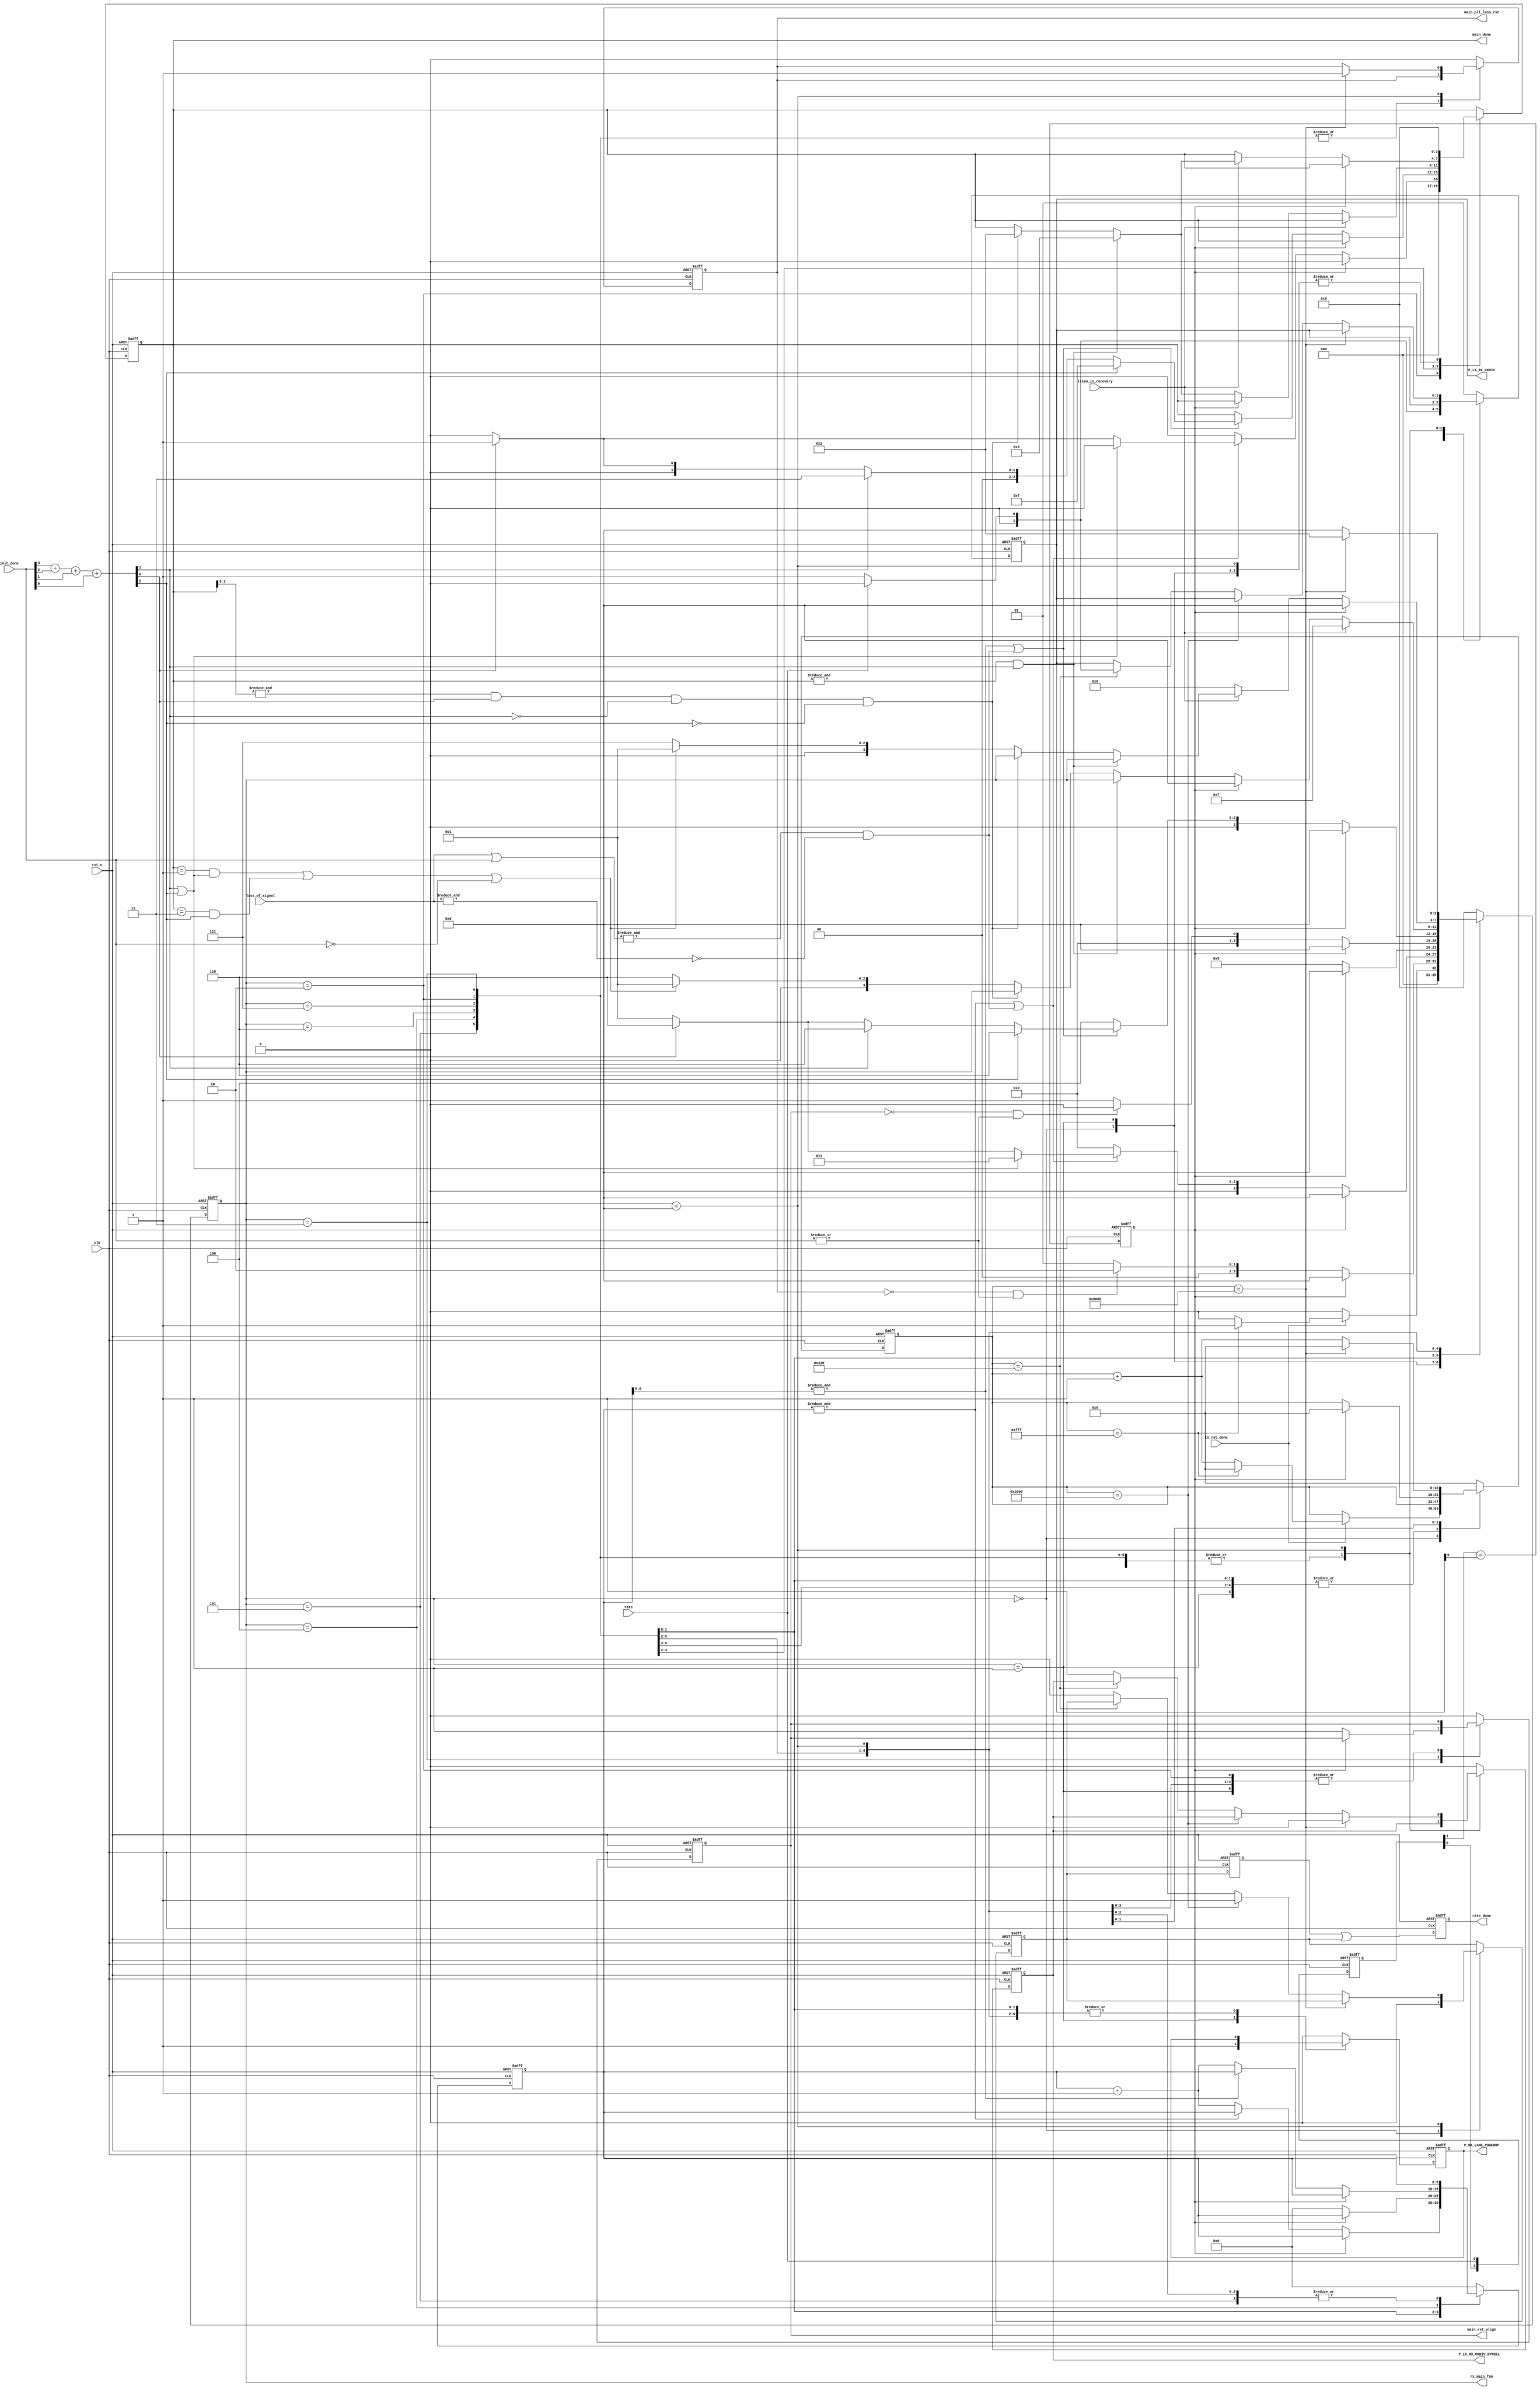
//******************************************************************
// Copyright (c) 2015 PANGO MICROSYSTEMS, INC
// ALL RIGHTS REVERVED.
//******************************************************************
`timescale 1ns/1ps
module hsstl_rst4mcrsw_rx_rst_fsm_v1_0 #(
    parameter FORCE_LANE_REV = 0  //1 = Lane Reversal

)(
    input   wire                       clk,
    input   wire                       rst_n,
    input   wire    [3:0]              loss_of_signal,
    input   wire                       tx_rst_done,

    input   wire                       ltssm_in_recovery,
    input   wire                       rate,
    input   wire    [3:0]              init_done,

    output  reg     [3:0]              rx_main_fsm,
    output  reg                        main_rst_align,
    output  reg                        main_pll_loss_rst,

    output  reg                        P_RX_LANE_POWERUP,
    output  reg                        P_LX_RX_CKDIV_DYNSEL,
    output  reg     [1:0]              P_LX_RX_CKDIV,

    output  reg                        rate_done,
    output  reg     [3:0]              main_done
);

localparam PMA_RX_PD_CNT_VALUE               = 4095;
localparam CNTR_WIDTH                        = 16;
localparam MAIN_ALIGN_WAIT_TIMR_WIDTH        = 10;
`ifdef IPSL_PCIE_SPEEDUP_SIM
localparam RX_CKDIV_DYNSEL_SW_CNTR_NEG_VALUE = 4*512;
`else
localparam RX_CKDIV_DYNSEL_SW_CNTR_NEG_VALUE = 64*512;
`endif

`ifdef IPSL_PCIE_SPEEDUP_SIM
localparam RX_CKDIV_DYNSEL_SPEED_DONE = 3*512;
`else
localparam RX_CKDIV_DYNSEL_SPEED_DONE = 16*512;
`endif
localparam RX_CKDIV_SW_CNTR_VALUE     = 4*260;

localparam RX_MAIN_IDLE            = 4'd0 ;
localparam RX_MAIN_INIT            = 4'd1 ;
localparam RX_MAIN_INIT_WAIT       = 4'd2 ;
localparam RX_MAIN_ALIGN_RST       = 4'd3 ;
localparam RX_MAIN_ALIGN_WAIT      = 4'd4 ;
localparam RX_MAIN_ALIGN_WAIT2     = 4'd5 ;
localparam RX_MAIN_RST_DONE        = 4'd6 ;
localparam RX_MAIN_RECOVERY        = 4'd7 ;
localparam RX_MAIN_CKDIV           = 4'd8 ;

reg                        rate_chng;
reg     [1:0]              rate_ff;
wire                                            all_lane_rst_done;
wire                                            mstr_init_done;
reg     [CNTR_WIDTH-1 : 0]                      main_cntr;
reg     [MAIN_ALIGN_WAIT_TIMR_WIDTH-1 : 0]      main_align_wait_timr;
reg     rate_done_r;
reg     rate_done_r_d;
wire    [2:0]      active_lane_num ;
assign mstr_init_done = (FORCE_LANE_REV ==1) ? init_done[3] : init_done[0];
assign all_lane_rst_done = &(loss_of_signal | init_done) & ~(&loss_of_signal);
assign active_lane_num =init_done[3] + init_done[2] + init_done[1] + init_done[0];
always @(posedge clk or negedge rst_n)
begin
    if (!rst_n)
    begin
        rate_ff          <= 2'd0;
        rate_chng        <= 1'b0;
    end
    else
    begin
        rate_ff[0]         <= rate;
        rate_ff[1]         <= rate_ff[0];
        rate_chng          <= (rate_ff[1] == P_LX_RX_CKDIV[0]) ;
    end
end

always @(posedge clk or negedge rst_n)
begin
    if (!rst_n) begin
       rate_done_r_d <= 1'b0;
       rate_done     <= 1'b0;
    end
    else begin
       rate_done_r_d <= rate_done_r;
       rate_done     <= rate_done_r_d | rate_done_r;
    end
end

// MAIN SM
always @(posedge clk or negedge rst_n)
begin
    if (!rst_n)
    begin
        main_cntr                 <= {CNTR_WIDTH{1'b0}};
        rx_main_fsm               <= RX_MAIN_IDLE;

        P_RX_LANE_POWERUP         <= 1'b0;
        P_LX_RX_CKDIV_DYNSEL      <= 1'b0;
        P_LX_RX_CKDIV             <= 2'b01;
        rate_done_r               <= 1'b0;
        main_done                 <= 4'd0;
        main_rst_align            <= 1'b0;
        main_pll_loss_rst         <= 1'b0;
        main_align_wait_timr      <= {MAIN_ALIGN_WAIT_TIMR_WIDTH{1'b0}};
    end
    else
    begin
        case (rx_main_fsm)
            RX_MAIN_IDLE :
            begin
                if (tx_rst_done)
                    if(main_cntr == PMA_RX_PD_CNT_VALUE)
                    begin
                        rx_main_fsm               <= RX_MAIN_INIT;
                        main_cntr                 <= {CNTR_WIDTH{1'b0}};
                    end
                    else
                    begin
                        rx_main_fsm               <= RX_MAIN_IDLE;
                        main_cntr                 <= main_cntr + {{CNTR_WIDTH-1{1'b0}}, 1'b1};
                    end
                else
                    rx_main_fsm               <= RX_MAIN_IDLE;

               // main_cntr                     <= {CNTR_WIDTH{1'b0}};
                P_RX_LANE_POWERUP             <= 1'b0;
                P_LX_RX_CKDIV_DYNSEL          <= 1'b0;
                P_LX_RX_CKDIV                 <= rate ? 2'b00: 2'b01 ;
                rate_done_r                   <= 1'b0;
                main_done                     <= 4'd0;
                main_rst_align                <= 1'b0;
                main_pll_loss_rst             <= 1'b0;
                main_align_wait_timr          <= {MAIN_ALIGN_WAIT_TIMR_WIDTH{1'b0}};
            end
            RX_MAIN_INIT :
            begin
                P_RX_LANE_POWERUP             <= 1'b1;
                main_pll_loss_rst             <= 1'b0;
                main_align_wait_timr          <= {MAIN_ALIGN_WAIT_TIMR_WIDTH{1'b0}};
                main_done                     <= 4'd0;
                if(rate_chng )
                    rx_main_fsm                <= RX_MAIN_CKDIV;
                else if (~main_pll_loss_rst & |init_done)
                    rx_main_fsm               <= RX_MAIN_INIT_WAIT;
                else
                    rx_main_fsm               <= RX_MAIN_INIT;
            end
            RX_MAIN_INIT_WAIT :
            begin
                main_done                     <= 4'd0;
                if(rate_chng )
                    rx_main_fsm                <= RX_MAIN_CKDIV;
                else
                begin 
                    if (&main_align_wait_timr)
                        main_align_wait_timr      <= main_align_wait_timr;
                    else
                        main_align_wait_timr      <= main_align_wait_timr + {{MAIN_ALIGN_WAIT_TIMR_WIDTH-1{1'b0}}, 1'b1};
                    
                    if (&main_align_wait_timr | all_lane_rst_done )
                    begin
                        if (active_lane_num[1] | active_lane_num[2] )
                            rx_main_fsm           <= RX_MAIN_ALIGN_RST;
						
                        else if (active_lane_num[0])
                        begin
                            rx_main_fsm           <= RX_MAIN_RST_DONE;
                            main_done             <= (FORCE_LANE_REV == 1) ? 4'h8 : 4'h1;
                        end
                        else
                        begin
                            rx_main_fsm           <= RX_MAIN_INIT;
                            main_done             <= 4'd0;
                        end
                    end
                    else
                        rx_main_fsm               <= RX_MAIN_INIT_WAIT;
                end
            end
            RX_MAIN_ALIGN_RST :
            begin
               if(rate_chng )
                    rx_main_fsm                <= RX_MAIN_CKDIV;
               else
                begin
                    main_rst_align                <= 1'b1;
                    main_align_wait_timr          <= {MAIN_ALIGN_WAIT_TIMR_WIDTH{1'b0}};
                    rx_main_fsm                   <= RX_MAIN_ALIGN_WAIT2;
                end
            end
            RX_MAIN_ALIGN_WAIT2 :
            begin
                main_rst_align                <= 1'b0;
               if(rate_chng )
                    rx_main_fsm                <= RX_MAIN_CKDIV;
               else  if (~main_rst_align & |init_done)
                    rx_main_fsm               <= RX_MAIN_ALIGN_WAIT;
                else
                    rx_main_fsm               <= RX_MAIN_ALIGN_WAIT2;
            end
            RX_MAIN_ALIGN_WAIT :
            begin
                 if(rate_chng )
                    rx_main_fsm                <= RX_MAIN_CKDIV;
                else
                begin
                    if (&main_align_wait_timr[6:0])
                        main_align_wait_timr      <= main_align_wait_timr;
                    else
                        main_align_wait_timr      <= main_align_wait_timr + {{MAIN_ALIGN_WAIT_TIMR_WIDTH-1{1'b0}}, 1'b1};
                    
                    if (&main_align_wait_timr[6:0] | all_lane_rst_done)
                    begin
                        if (active_lane_num[2])
                        begin
                            rx_main_fsm           <= RX_MAIN_RST_DONE;
                            main_done             <= 4'hf;
                        end
                        else if (active_lane_num[1])
                        begin
                            rx_main_fsm           <= RX_MAIN_RST_DONE;
                            main_done             <= 4'h3;
                        end
                        else if (active_lane_num[0])
                        begin
                            rx_main_fsm           <= RX_MAIN_RST_DONE;
                            main_done             <=  4'h1;
                        end
                        else
                        begin
                            rx_main_fsm           <= RX_MAIN_INIT;
                            main_done             <= 4'd0;
                        end
                    end
                    else
                        rx_main_fsm               <= RX_MAIN_ALIGN_WAIT;
               end
            end
            RX_MAIN_RST_DONE :
            begin
                if (ltssm_in_recovery)
                    rx_main_fsm               <= RX_MAIN_RECOVERY;
                else if(rate_chng)
                    rx_main_fsm               <= RX_MAIN_CKDIV;
                else if(&main_done & (active_lane_num[1])) // down cfg linkwidth: x4 -> x2 if lane 3 inactive
                    main_done                 <= 4'h3;
                else if(&main_done[1:0] &  active_lane_num[0] & ~active_lane_num[1] & ~active_lane_num[2]) // down cfg linkwidth: x4 -> x1 or x2 -> x1 if lane 1 inactive
                    main_done                 <= 4'h1;
                else if(((main_done == 4'h1) & (active_lane_num[2] | active_lane_num[1]) ) | ((main_done == 4'h3) & (active_lane_num[2]) )| (init_done == 4'h0)) //up cfg linkwidth : rst pcs
                    rx_main_fsm               <= RX_MAIN_INIT;
                else
                    rx_main_fsm               <= RX_MAIN_RST_DONE;
            end
            RX_MAIN_RECOVERY :
            begin
                if (rate_chng)
                begin
                    rx_main_fsm               <= RX_MAIN_CKDIV;
                    main_cntr                 <= {CNTR_WIDTH{1'b0}};
                end
                else if (~ltssm_in_recovery)
                    rx_main_fsm               <= RX_MAIN_RST_DONE;
               else if(&main_done & (active_lane_num[1])) // down cfg linkwidth: x4 -> x2 if lane 3 inactive
                    main_done                 <= 4'h3;
               else if(&main_done[1:0] &  active_lane_num[0] & ~active_lane_num[1] & ~active_lane_num[2]) // down cfg linkwidth: x4 -> x1 or x2 -> x1 if lane 1 inactive
                    main_done                 <= 4'h1;
               else if(((main_done == 4'h1) & (active_lane_num[2] | active_lane_num[1]) ) | ((main_done == 4'h3) & (active_lane_num[2]) )| (init_done == 4'h0)) //up cfg linkwidth : rst pcs

                      rx_main_fsm               <= RX_MAIN_INIT;
                else
                    rx_main_fsm               <= RX_MAIN_RECOVERY;
            end
            RX_MAIN_CKDIV :
            begin
                main_done                     <= 4'd0;

                if (main_cntr == RX_CKDIV_DYNSEL_SW_CNTR_NEG_VALUE)
                begin
                    main_pll_loss_rst         <= 1'b1;
                    rx_main_fsm               <= RX_MAIN_INIT;
                    main_cntr                 <= {CNTR_WIDTH{1'b0}};
                    P_LX_RX_CKDIV_DYNSEL      <= 1'b0;
                end
                else if (main_cntr == RX_CKDIV_DYNSEL_SPEED_DONE)
                begin
                    rate_done_r               <= 1'b1;
                    rx_main_fsm               <= RX_MAIN_CKDIV;
                    main_cntr                 <= main_cntr + {{CNTR_WIDTH-1{1'b0}}, 1'b1};
                end
                else if (main_cntr == RX_CKDIV_SW_CNTR_VALUE)
                begin
                    rx_main_fsm               <= RX_MAIN_CKDIV;
                    main_cntr                 <= main_cntr + {{CNTR_WIDTH-1{1'b0}}, 1'b1};
                    if (rate)
                        P_LX_RX_CKDIV         <= 2'd0;
                    else
                        P_LX_RX_CKDIV         <= 2'd1;
                end
                else
                begin
                    rate_done_r               <= 1'b0;
                    rx_main_fsm               <= RX_MAIN_CKDIV;
                    main_cntr                 <= main_cntr + {{CNTR_WIDTH-1{1'b0}}, 1'b1};
                    P_LX_RX_CKDIV_DYNSEL      <= 1'b1;
                end
            end
            default :
            begin
                main_cntr                     <= {CNTR_WIDTH{1'b0}};
                rx_main_fsm                   <= RX_MAIN_IDLE;

                P_RX_LANE_POWERUP             <= 1'b0;
                P_LX_RX_CKDIV_DYNSEL          <= 1'b0;
                P_LX_RX_CKDIV                 <= 2'b01;
                main_rst_align                <= 1'b0;
                main_pll_loss_rst             <= 1'b0;
                main_align_wait_timr          <= {MAIN_ALIGN_WAIT_TIMR_WIDTH{1'b0}};
            end
        endcase
    end
end

endmodule